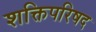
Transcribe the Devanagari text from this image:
शक्तिपरिषद